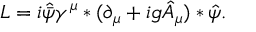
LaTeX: { \cal L } = i \hat { \bar { \psi } } \gamma ^ { \mu } * ( \partial _ { \mu } + i g \hat { A } _ { \mu } ) * \hat { \psi } .